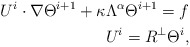
\begin{align*}U^i\cdot\nabla \Theta^{i+1}+\kappa\Lambda^\alpha\Theta^{i+1} =f\\U^i=R^\perp\Theta^i,\end{align*}